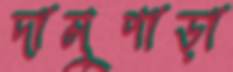
দামুপাড়া